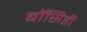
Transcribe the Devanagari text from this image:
बॉसिडी